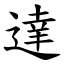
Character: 達